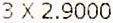
3 X 2.9000